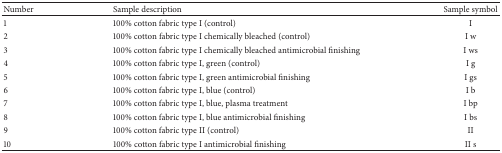
<table><thead><tr><td><b>Number </b></td><td><b>Sample description</b></td><td><b>Sample symbol</b></td></tr></thead><tbody><tr><td>1</td><td>100% cotton fabric type I (control)</td><td>I</td></tr><tr><td>2</td><td>100% cotton fabric type I chemically bleached (control)</td><td>I w</td></tr><tr><td>3</td><td>100% cotton fabric type I chemically bleached antimicrobial finishing</td><td>I ws</td></tr><tr><td>4</td><td>100% cotton fabric type I, green (control)</td><td>I g</td></tr><tr><td>5</td><td>100% cotton fabric type I, green antimicrobial finishing</td><td>I gs</td></tr><tr><td>6</td><td>100% cotton fabric type I, blue (control)</td><td>I b</td></tr><tr><td>7</td><td>100% cotton fabric type I, blue, plasma treatment</td><td>I bp</td></tr><tr><td>8</td><td>100% cotton fabric type I, blue antimicrobial finishing</td><td>I bs</td></tr><tr><td>9</td><td>100% cotton fabric type II (control)</td><td>II</td></tr><tr><td>10</td><td>100% cotton fabric type I antimicrobial finishing</td><td>II s</td></tr></tbody></table>